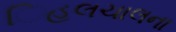
િહલચાલના